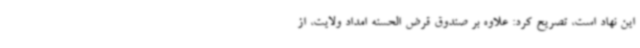
این نهاد است، تصریح کرد: علاوه بر صندوق قرض الحسنه امداد ولایت، از